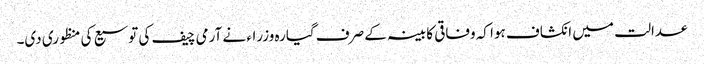
عدالت میں انکشاف ہوا کہ وفاقی کابینہ کے صرف گیارہ وزراء نے آرمی چیف کی توسیع کی منظوری دی۔